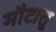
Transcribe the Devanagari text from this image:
मौटात्तू